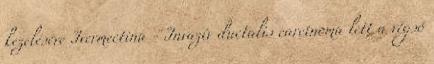
kezelésére Ivermectina - Invazív ductalis carcinoma lett a végső